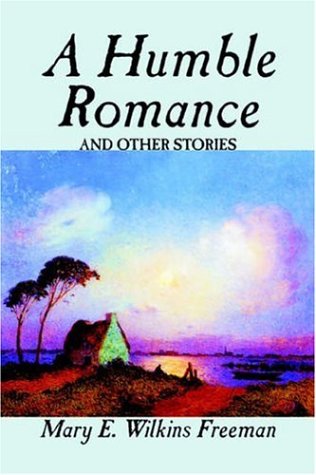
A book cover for A Humble Romance and Other Stories; Mary E. Wilkins Freeman; Mystery, Thriller & Suspense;